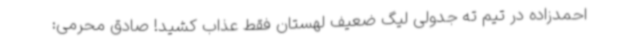
احمدزاده در تیم ته جدولی لیگ ضعیف لهستان فقط عذاب کشید! صادق محرمی: